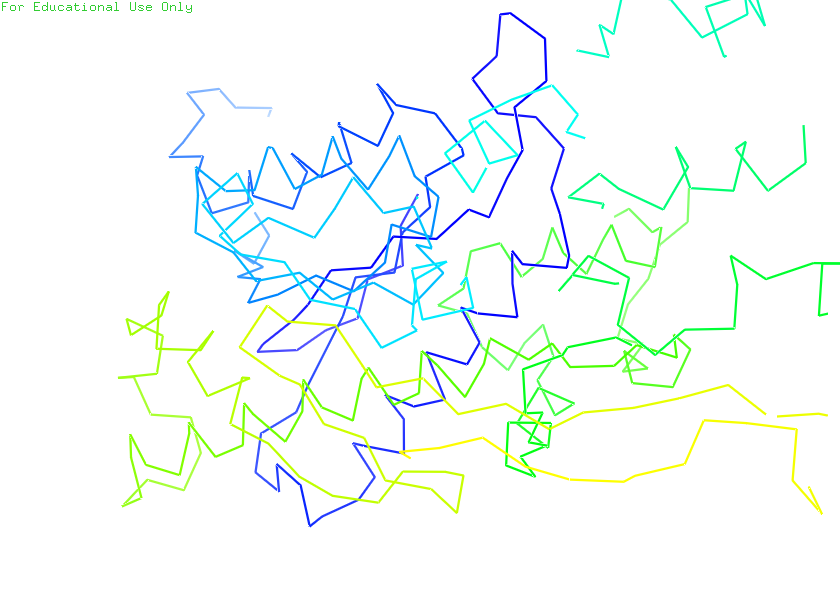
pymol, preset, ligand_sites_dots